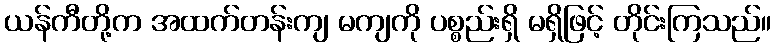
ယန်ကီတို့က အထက်တန်းကျ မကျကို ပစ္စည်းရှိ မရှိဖြင့် တိုင်းကြသည်။